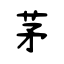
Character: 茅